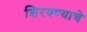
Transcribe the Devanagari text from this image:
शिरवण्याचे